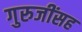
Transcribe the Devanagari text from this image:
गुरुजींसह